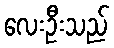
လေးဦးသည်